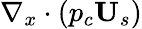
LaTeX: \nabla_{x}\cdot\left(p_{c}\textbf{U}_{s}\right)